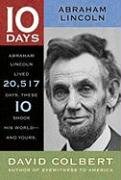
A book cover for Abraham Lincoln (10 Days); David Colbert; Children's Books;